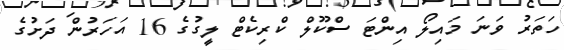
ހަތަރު ވަނަ މައިލޯ އިންޓަ ސްކޫލް ކްރިކެޓް ލީގުގެ 16 އަހަރުން ދަށުގެ